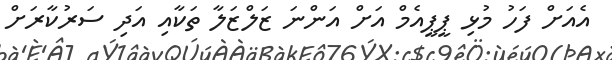
އެއަށް ފަހު މުޅި ޕީޕީއެމް އަށް އަންނަ ޒަލްޒަލާ ތަކާއި އަދި ސަރުކާރަށް